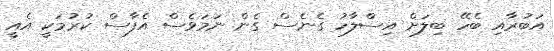
އަބުރާއި ބެހޭ ބިލަށް އިސްލާހު ގެނެސް ގެން ނަމަވެސް އެފާސް ކުރުމަކީ އެއީ